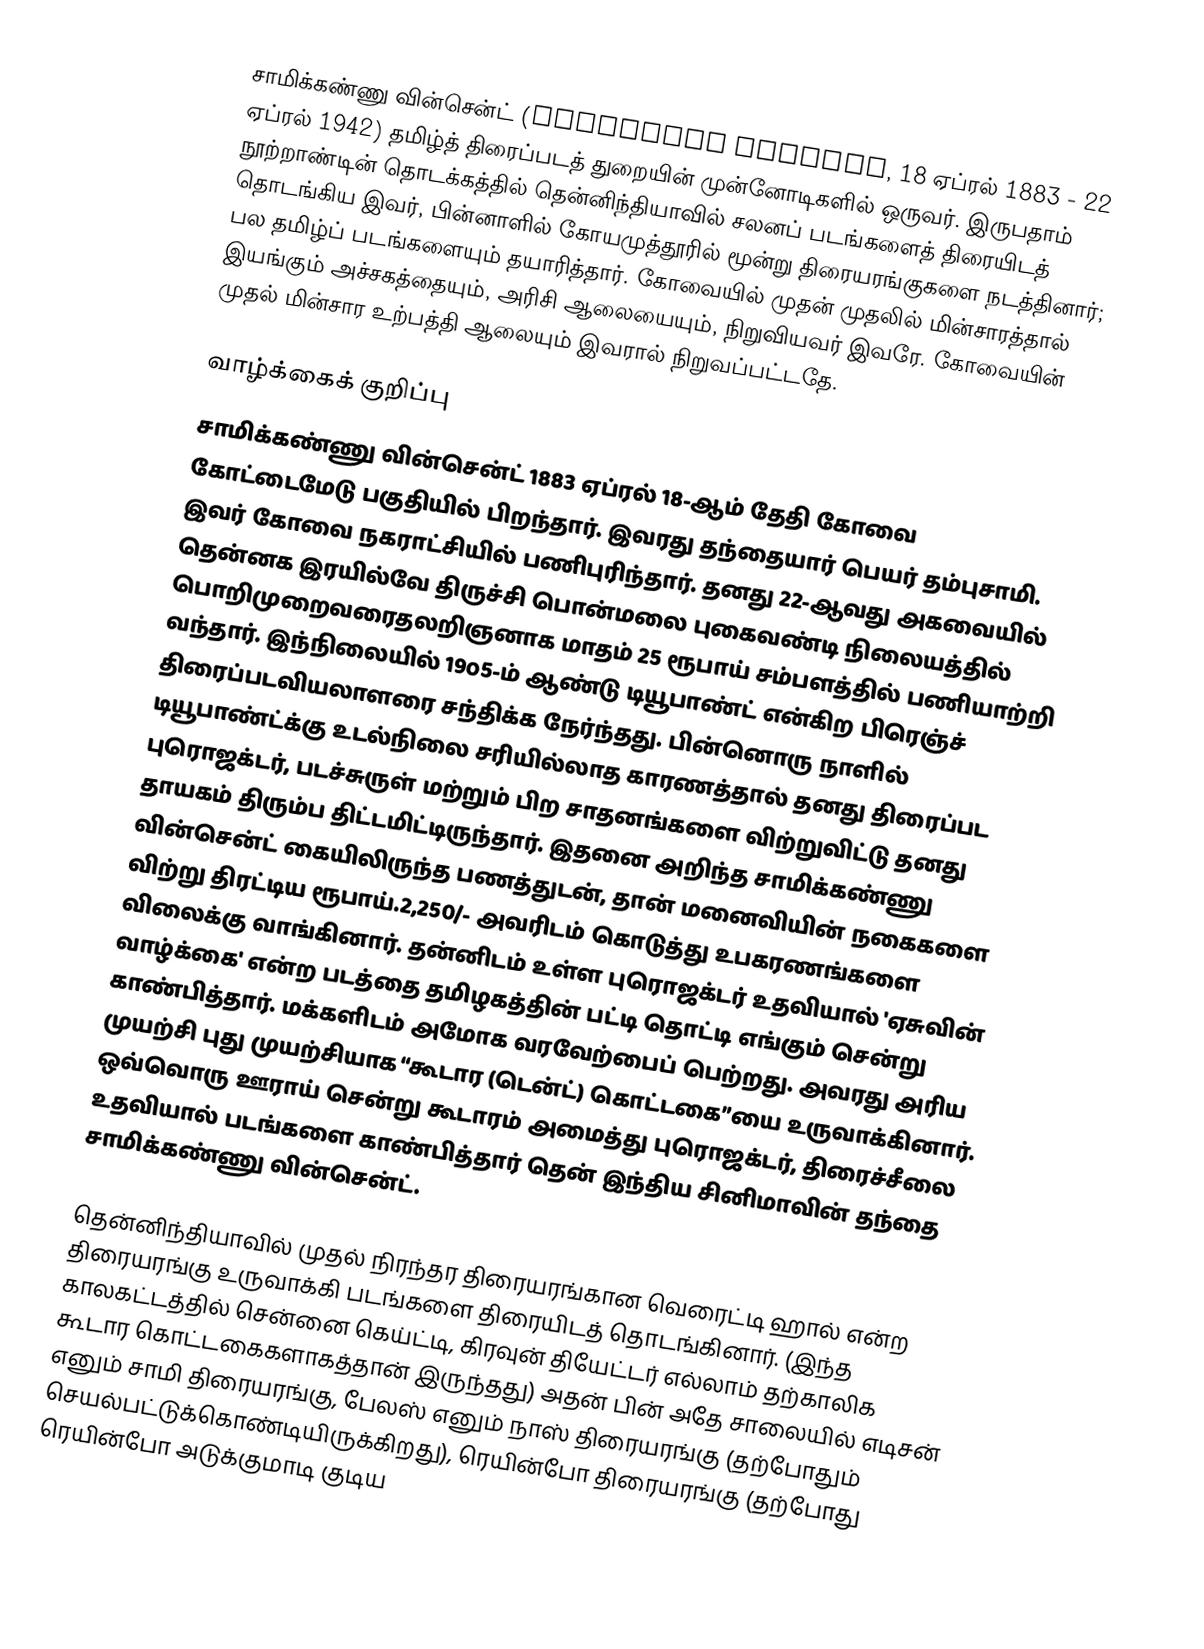
சாமிக்கண்ணு வின்சென்ட் (Samikannu Vincent, 18 ஏப்ரல் 1883 - 22 ஏப்ரல் 1942)  தமிழ்த் திரைப்படத் துறையின் முன்னோடிகளில் ஒருவர். இருபதாம் நூற்றாண்டின் தொடக்கத்தில் தென்னிந்தியாவில் சலனப் படங்களைத் திரையிடத் தொடங்கிய இவர், பின்னாளில் கோயமுத்தூரில் மூன்று திரையரங்குகளை நடத்தினார்; பல தமிழ்ப் படங்களையும் தயாரித்தார். கோவையில் முதன் முதலில் மின்சாரத்தால் இயங்கும் அச்சகத்தையும், அரிசி ஆலையையும், நிறுவியவர் இவரே. கோவையின் முதல் மின்சார உற்பத்தி ஆலையும்  இவரால் நிறுவப்பட்டதே.

வாழ்க்கைக் குறிப்பு
சாமிக்கண்ணு வின்சென்ட் 1883 ஏப்ரல் 18-ஆம் தேதி கோவை கோட்டைமேடு பகுதியில் பிறந்தார். இவரது தந்தையார் பெயர் தம்புசாமி. இவர்  கோவை நகராட்சியில் பணிபுரிந்தார். தனது 22-ஆவது அகவையில் தென்னக இரயில்வே திருச்சி பொன்மலை புகைவண்டி நிலையத்தில் பொறிமுறைவரைதலறிஞனாக மாதம் 25 ரூபாய் சம்பளத்தில் பணியாற்றி வந்தார். இந்நிலையில் 19௦5-ம் ஆண்டு டியூபாண்ட் என்கிற பிரெஞ்ச் திரைப்படவியலாளரை சந்திக்க நேர்ந்தது. பின்னொரு நாளில்  டியூபாண்ட்க்கு உடல்நிலை சரியில்லாத காரணத்தால் தனது திரைப்பட புரொஜக்டர், படச்சுருள் மற்றும் பிற சாதனங்களை விற்றுவிட்டு தனது தாயகம் திரும்ப திட்டமிட்டிருந்தார். இதனை அறிந்த சாமிக்கண்ணு வின்சென்ட் கையிலிருந்த பணத்துடன், தான் மனைவியின் நகைகளை விற்று  திரட்டிய  ரூபாய்.2,250/- அவரிடம் கொடுத்து  உபகரணங்களை விலைக்கு வாங்கினார். தன்னிடம் உள்ள புரொஜக்டர் உதவியால் 'ஏசுவின் வாழ்க்கை' என்ற படத்தை தமிழகத்தின் பட்டி தொட்டி எங்கும் சென்று காண்பித்தார். மக்களிடம் அமோக வரவேற்பைப் பெற்றது. அவரது அரிய முயற்சி புது முயற்சியாக “கூடார (டென்ட்) கொட்டகை”யை உருவாக்கினார்.  ஒவ்வொரு ஊராய் சென்று கூடாரம்  அமைத்து புரொஜக்டர், திரைச்சீலை உதவியால் படங்களை காண்பித்தார் தென் இந்திய சினிமாவின் தந்தை சாமிக்கண்ணு வின்சென்ட்.

தென்னிந்தியாவில் முதல் நிரந்தர திரையரங்கான வெரைட்டி ஹால் என்ற திரையரங்கு உருவாக்கி படங்களை திரையிடத் தொடங்கினார்.  (இந்த காலகட்டத்தில் சென்னை கெய்ட்டி, கிரவுன் தியேட்டர் எல்லாம் தற்காலிக கூடார கொட்டகைகளாகத்தான் இருந்தது) அதன் பின் அதே சாலையில் எடிசன் எனும் சாமி திரையரங்கு,  பேலஸ் எனும் நாஸ் திரையரங்கு (தற்போதும் செயல்பட்டுக்கொண்டியிருக்கிறது), ரெயின்போ திரையரங்கு (தற்போது ரெயின்போ அடுக்குமாடி குடிய